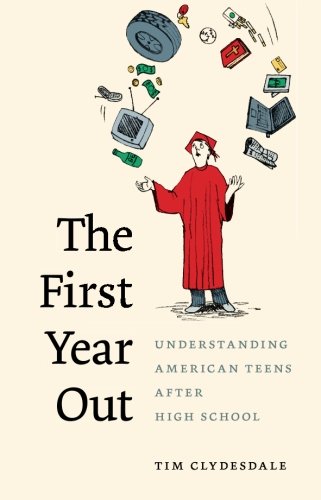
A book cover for The First Year Out: Understanding American Teens after High School (Morality and Society Series); Tim Clydesdale; Politics & Social Sciences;